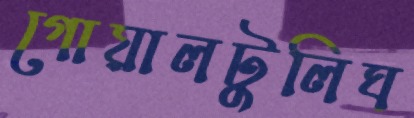
গোয়ালটুলিঘ